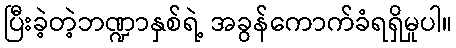
ပြီးခဲ့တဲ့ဘဏ္ဍာနှစ်ရဲ့ အခွန်ကောက်ခံရရှိမှုပါ။